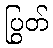
ပြွတ်